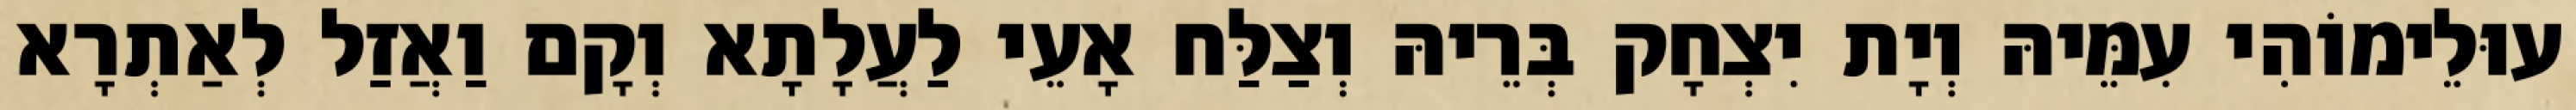
עוּלֵימוֹהִי עִמֵּיהּ וְיָת יִצְחָק בְּרֵיהּ וְצַלַּח אָעֵי לַעֲלָתָא וְקָם וַאֲזַל לְאַתְרָא